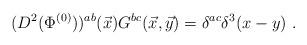
LaTeX: \begin{align*} (D^2(\Phi^{(0)}))^{ab}({\vec x})G^{bc}(\vec x,\vec y)=\delta^{ac}\delta^3(x-y)~.\end{align*}